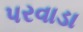
પરવાડા